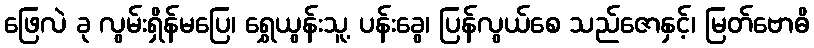
ဖြေလဲ ခု လွမ်းရှိန်မပြေ၊ ရွှေယွန်းသူ့ ပန်းခွေ၊ ပြန်လွယ်စေ သည်ဇောနှင့်၊ မြတ်ဗောဓိ